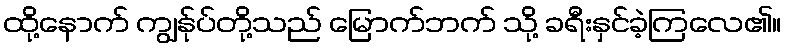
ထို့နောက် ကျွန်ုပ်တို့သည် မြောက်ဘက် သို့ ခရီးနှင်ခဲ့ကြလေ၏။